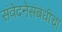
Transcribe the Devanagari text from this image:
संवेदनेसंबंधीचा